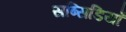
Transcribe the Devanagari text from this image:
सब्सिडियाँ